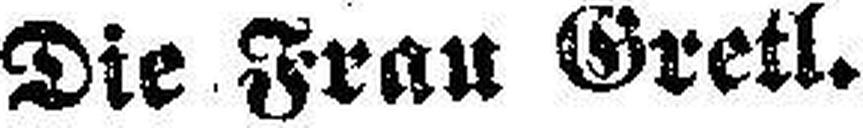
Die Frau Gretl.